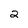
Character: 2